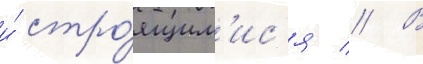
и́ стро́ящим'ис'я // В